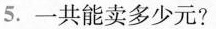
5.一共能卖多少元?